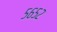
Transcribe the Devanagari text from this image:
५६५२